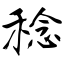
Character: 稔